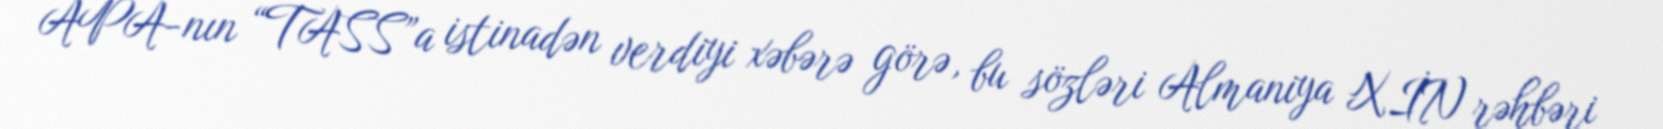
APA-nın “TASS”a istinadən verdiyi xəbərə görə, bu sözləri Almaniya XİN rəhbəri